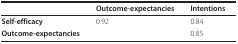
<table><thead><tr><td></td><td><b>Outcome-expectancies</b></td><td><b>Intentions</b></td></tr></thead><tbody><tr><td><b>Self-efficacy</b></td><td>0.92</td><td>0.84</td></tr><tr><td><b>Outcome-expectancies</b></td><td></td><td>0.85</td></tr></tbody></table>